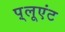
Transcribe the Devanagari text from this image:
प़्लूएंट